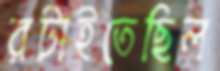
রটাইতেছিল